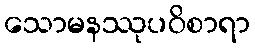
သောမနဿုပဝိစာရာ